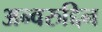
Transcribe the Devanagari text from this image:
अन्वरुद्दिन